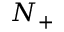
N _ { + }